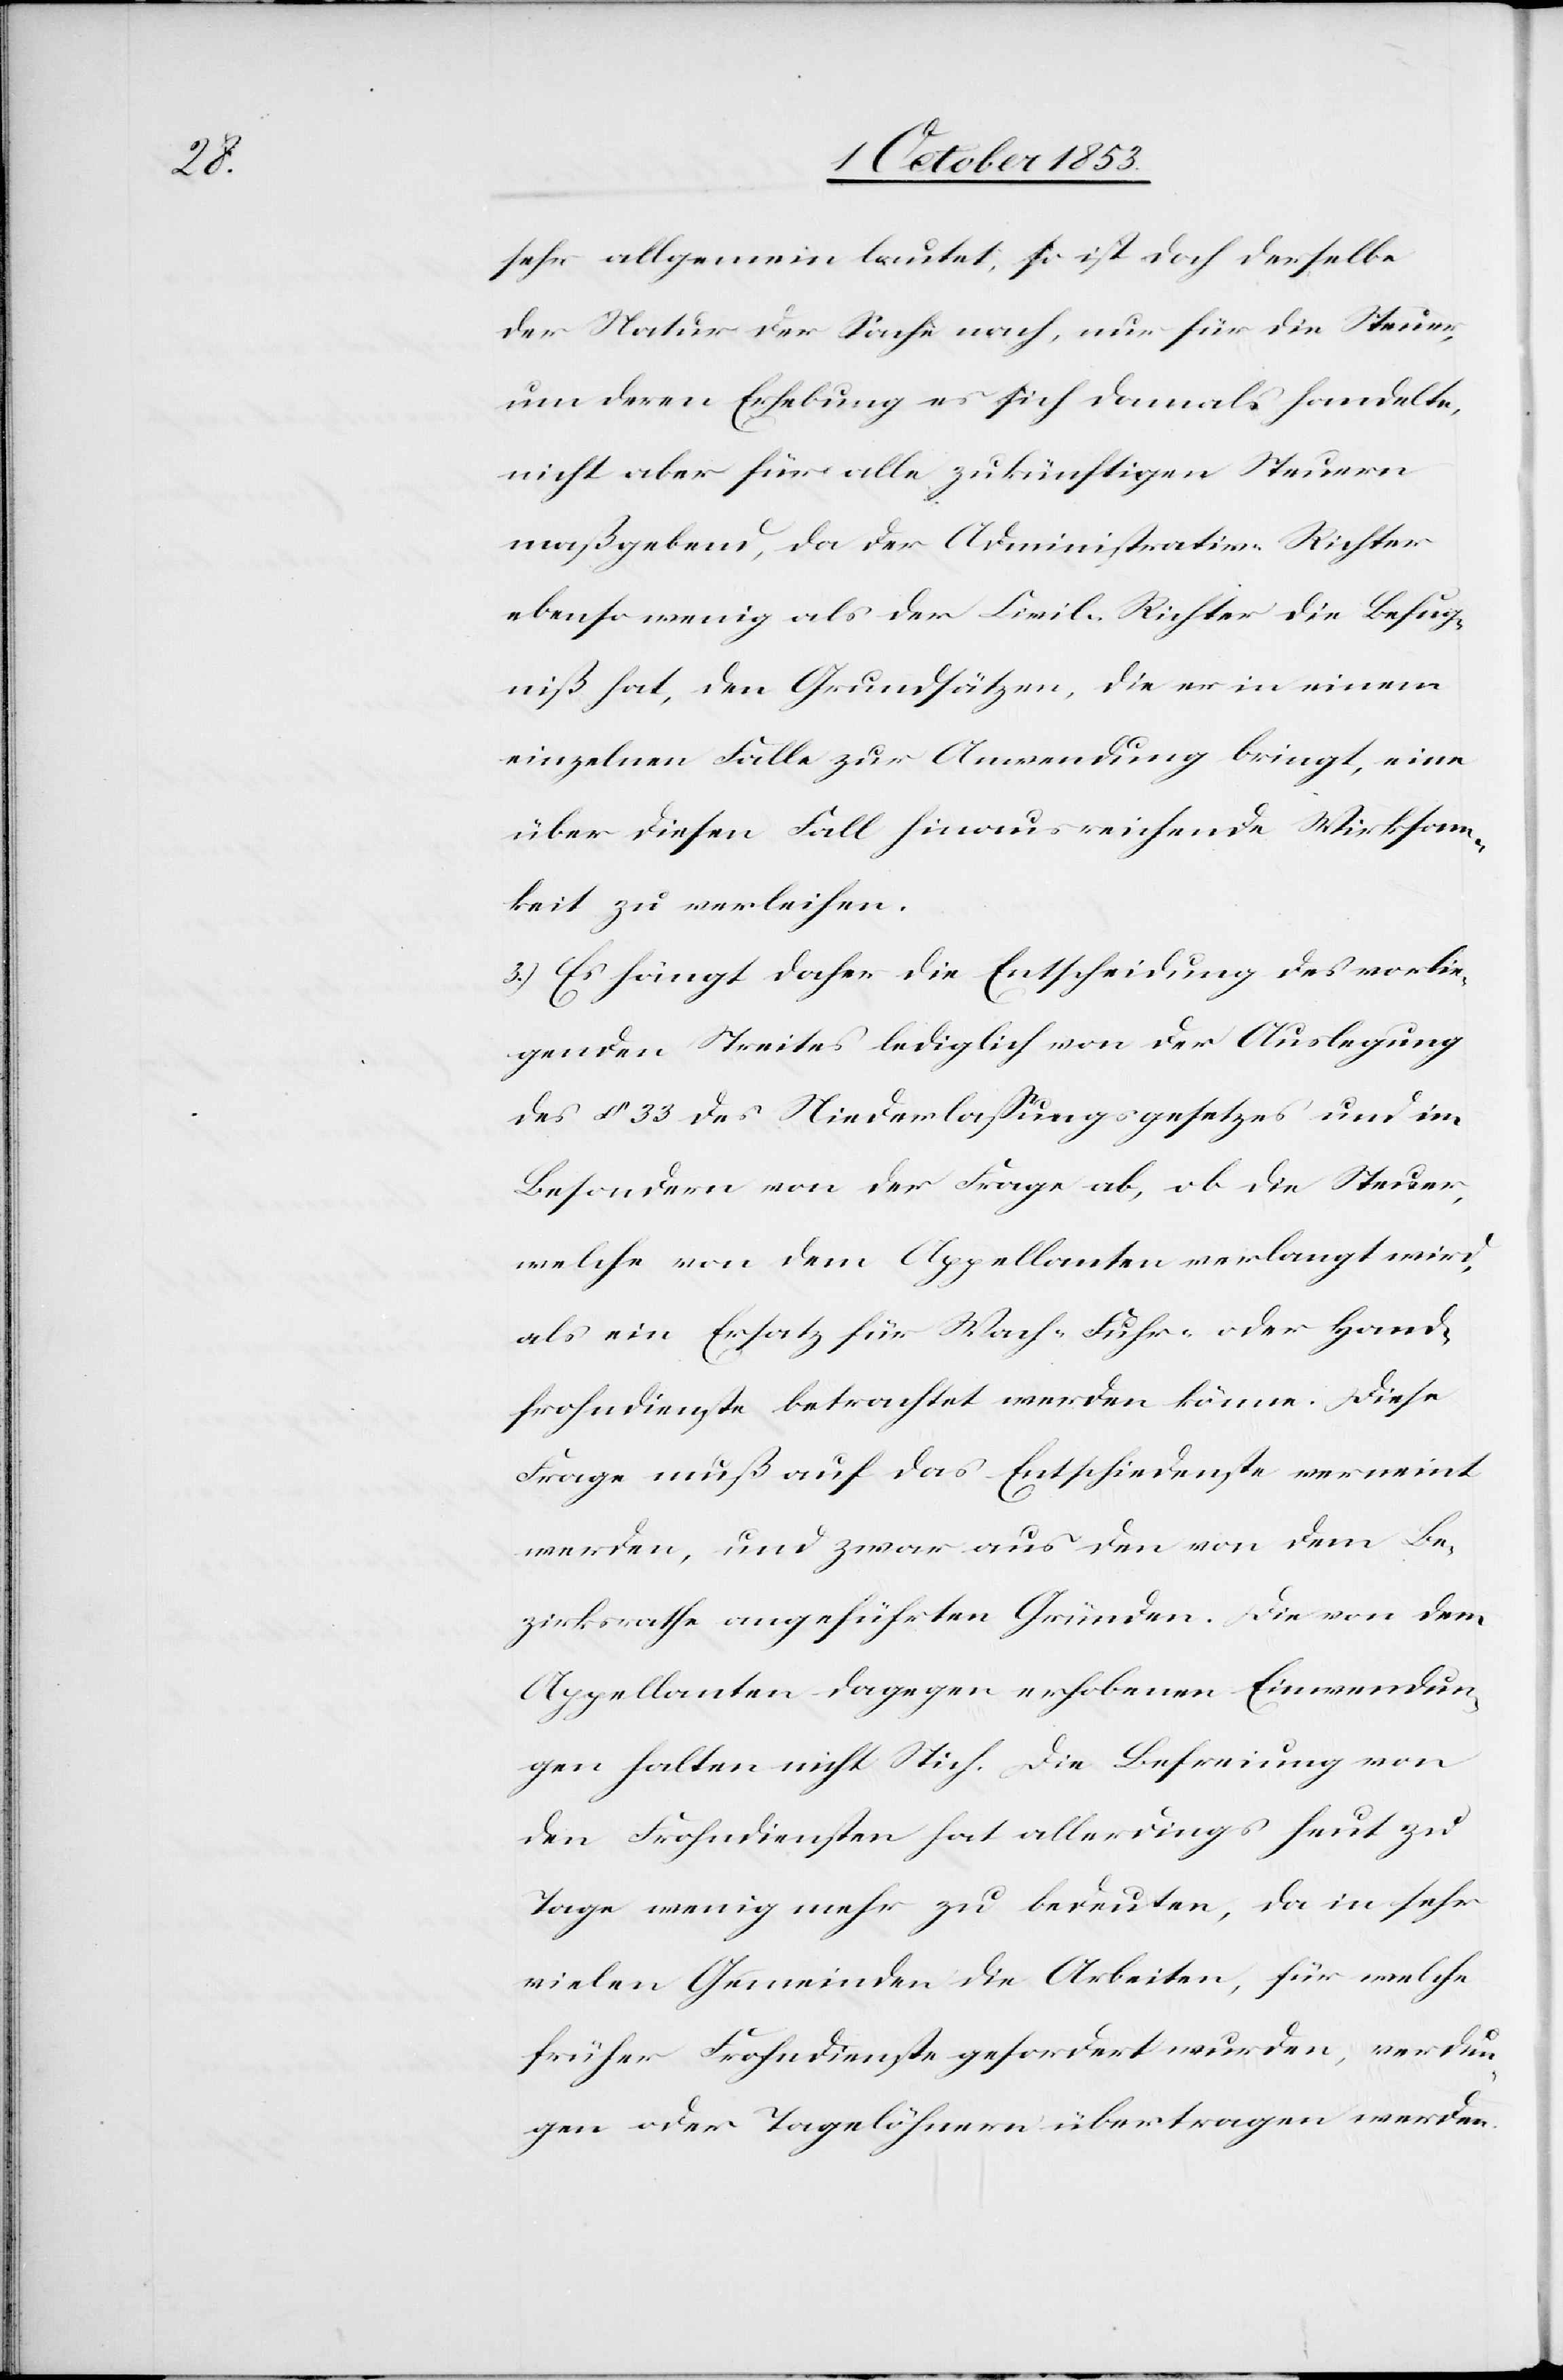
sehr allgemein lautet; so ist doch derselbe
der Natur der Sache nach, nur für die Steuer,
um deren Erhebung es sich damals handelte,
nicht aber für alle zukünftigen Steuern
maßgebend, da der Administrativ-Richter
ebenso wenig als der Civil-Richter die Befug¬
niß hat, den Grundsätzen, die er in einem
einzelnen Falle zur Anwendung bringt, eine
über diesen Fall hinaus reichende Wirksam¬
keit zu verleihen.
3.) Es hängt daher die Entscheidung des vorlie¬
genden Streites lediglich von der Auslegung
des § 33 des Niederlaßungsgesetzes und im
Besondern von der Frage ab, ob die Steuer,
welche von dem Appellanten verlangt wird,
als ein Ersatz für Wach- Fuhr- oder Hand¬
frohndienste betrachtet werden könne. Diese
Frage muß auf das Entscheidenste verneint
werden, und zwar aus den von dem Be¬
zirksrathe angeführten Gründen. Die von den
Appellanten dagegen erhobenen Einwendun¬
gen halten nicht Stich. Die Befreiung von
den Frohndiensten hat allerdings heut zu
Tage wenig mehr zu bedeuten, da in sehr
vielen Gemeinden die Arbeiten, für welche
früher Frohndienste gefordert wurden, verdun¬
gen oder Taglöhnern übertragen werden.